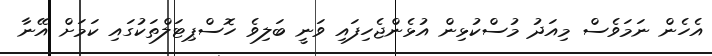
އެހެން ނަމަވެސް މިއަދު މުސްކުޅިން އުޅެންޖެހިފައި ވަނީ ބަލިވެ ހޮސްޕިޓަލްތަކުގައި ކަމަށް އޭނާ